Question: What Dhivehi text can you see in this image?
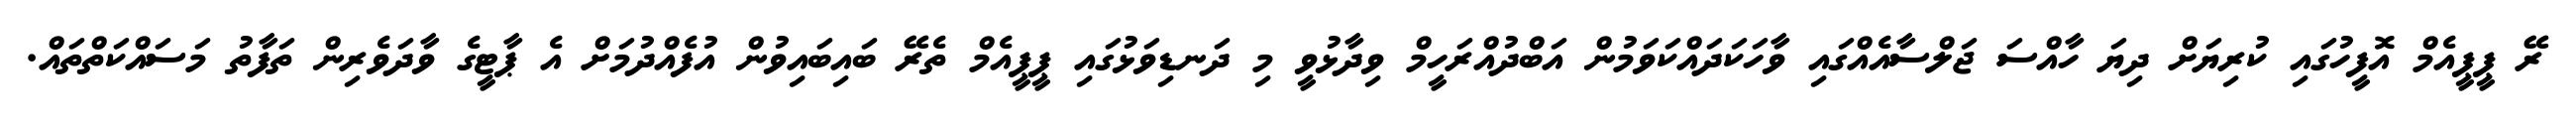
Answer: ރޭ ޕީޕީއެމް އޮފީހުގައި ކުރިޔަށް ދިޔަ ހާއްސަ ޖަލްސާއެއްގައި ވާހަކަދައްކަވަމުން އަބްދުއްރަހީމް ވިދާޅުވީ މި ދަނޑިވަޅުގައި ޕީޕީއެމް ތެރޭ ބައިބައިވުން އުފެއްދުމަށް އެ ޕާޓީގެ ވާދަވެރިން ތަފާތު މަސައްކަތްތައް.